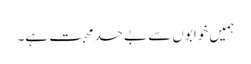
ہمیں خوابوں سے بے حد محبت ہے۔